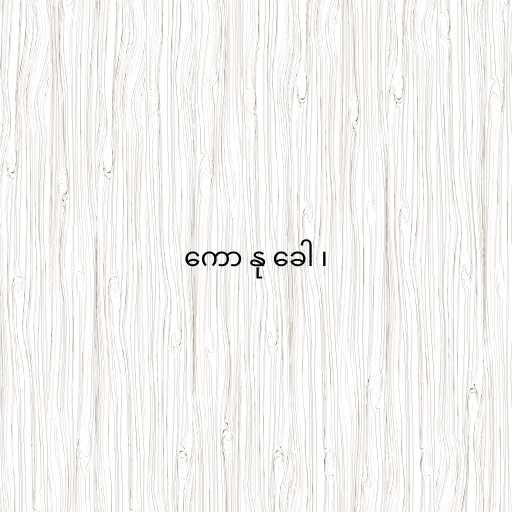
ကော နု ခေါ ၊